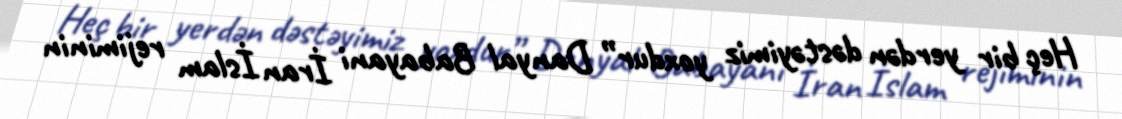
Heç bir yerdən dəstəyimiz yoxdur” Danyal Babayani İran İslam rejiminin